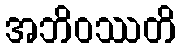
အဘိဝဿတိ